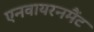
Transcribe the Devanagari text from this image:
एनवायरनमैंट